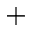
^ +